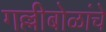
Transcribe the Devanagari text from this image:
गल्लीबोळांचे